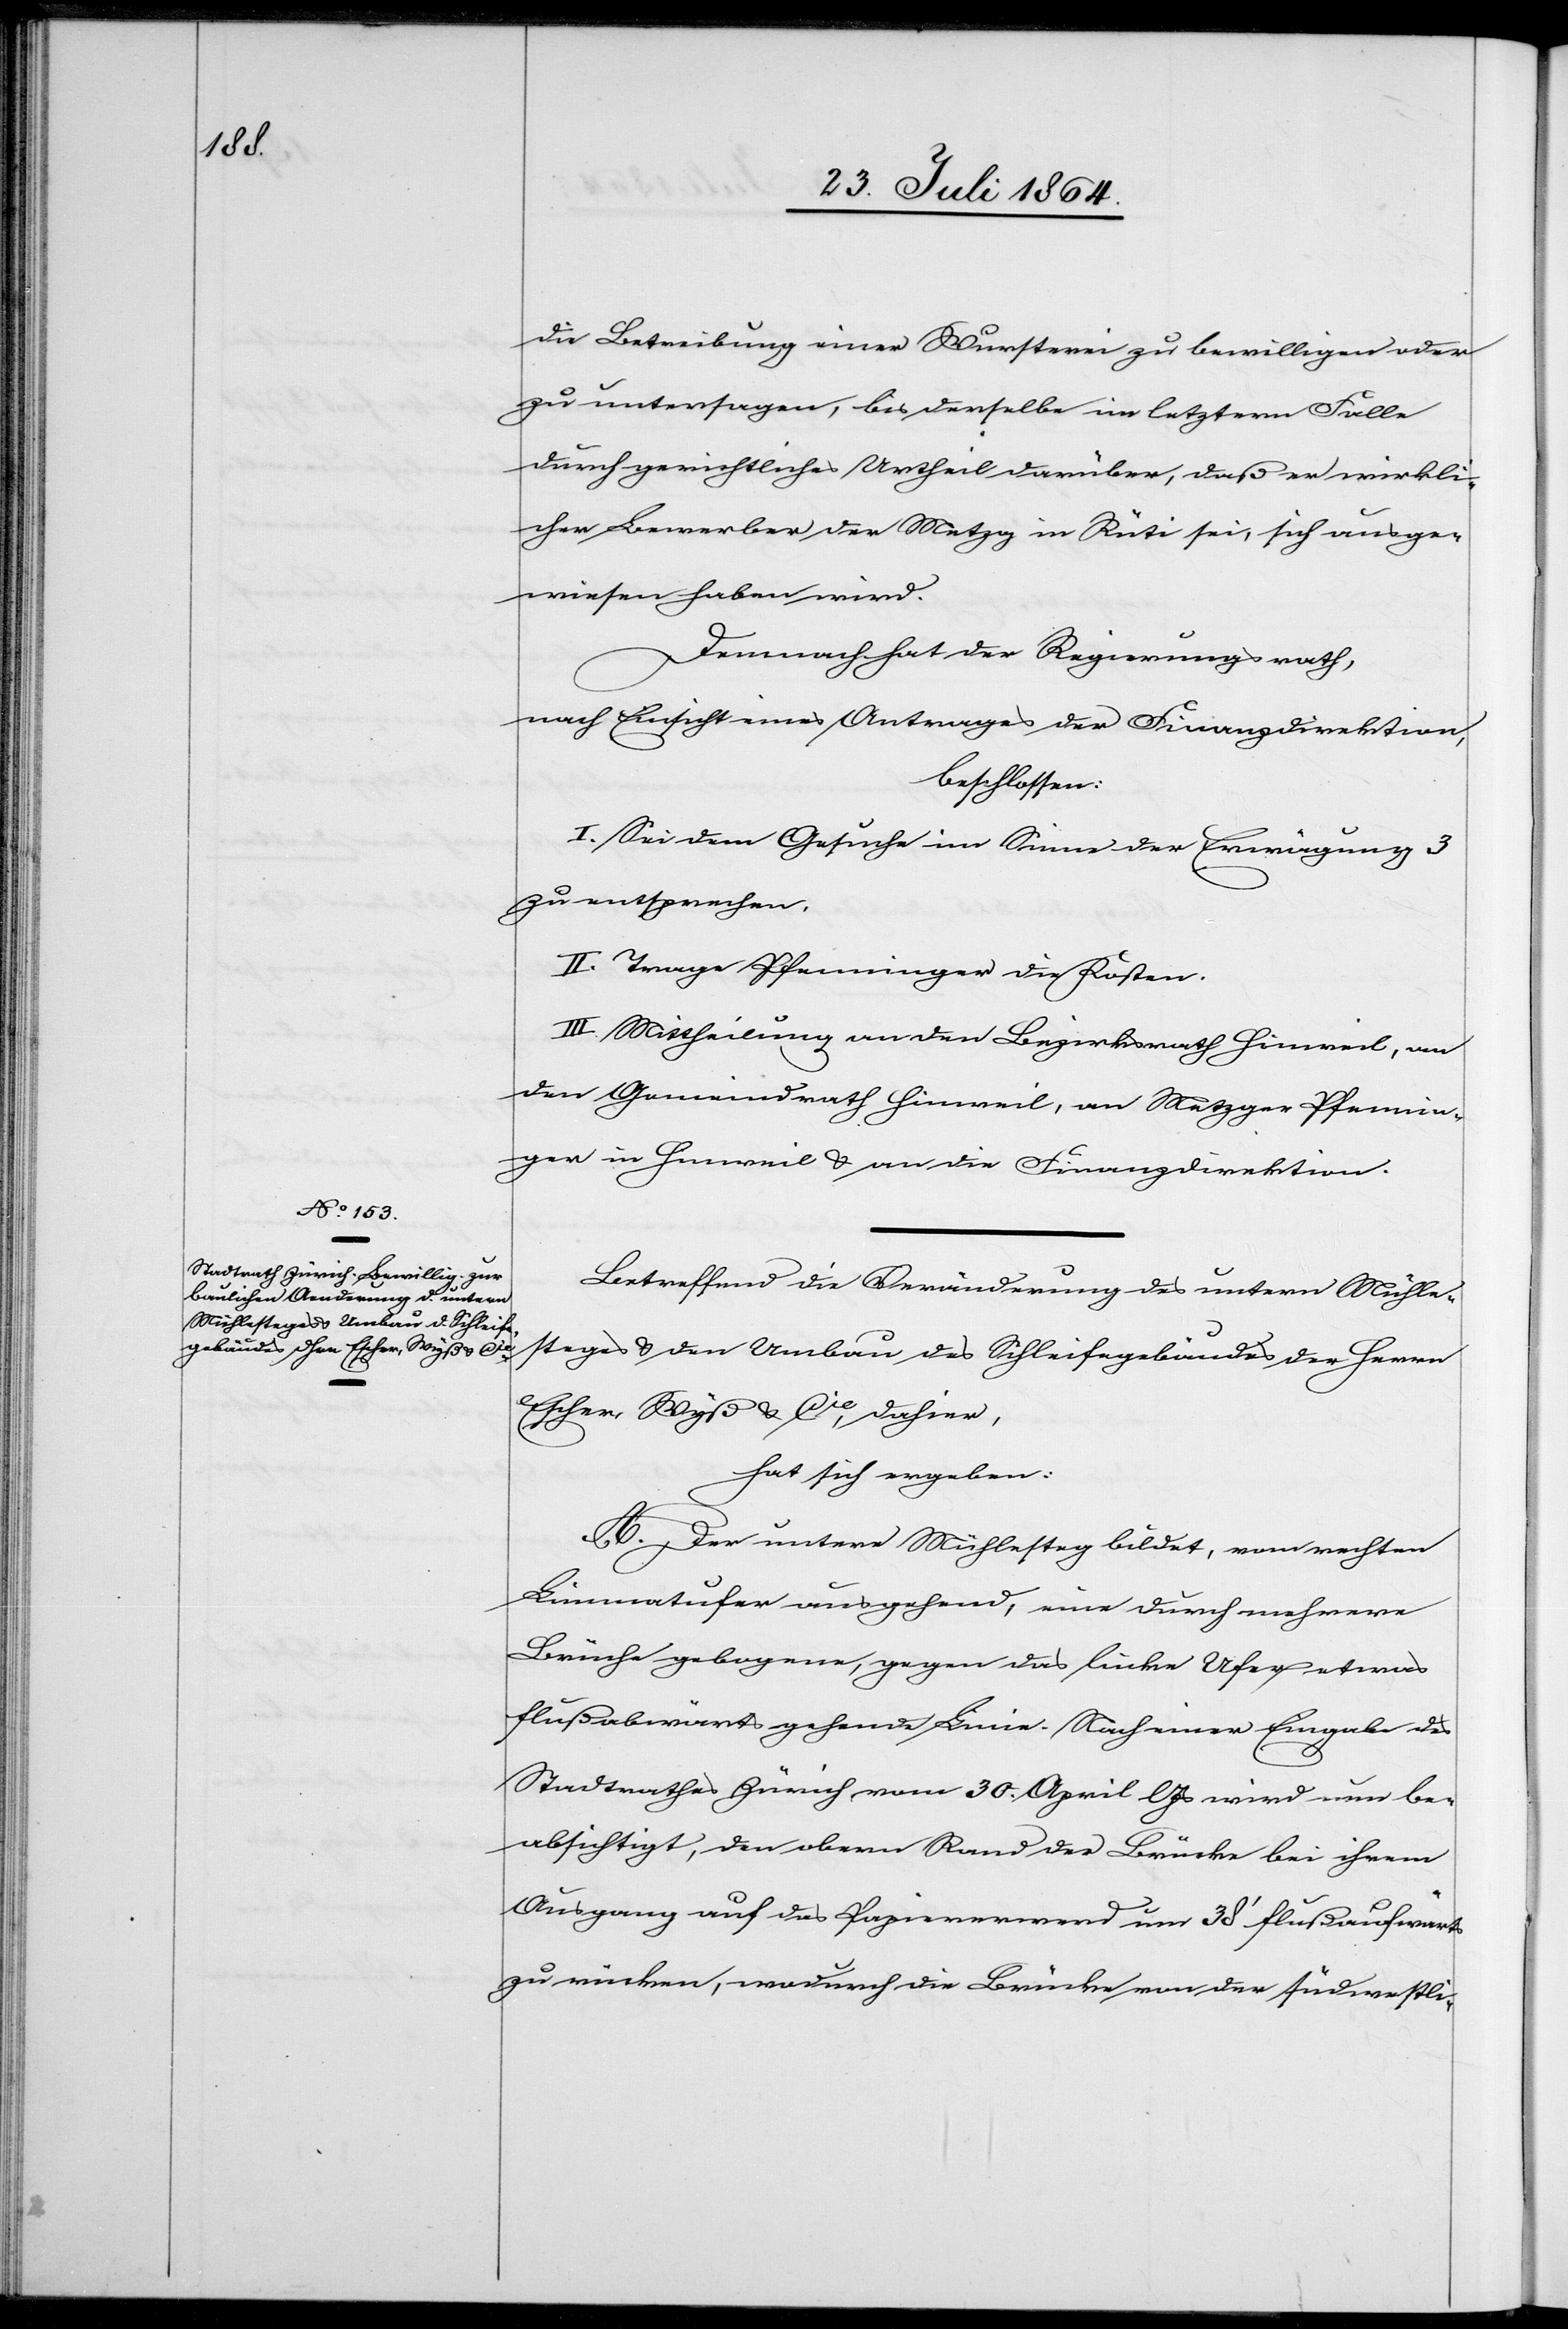
die Betreibung einer Wursterei zu bewilligen oder
zu untersagen, bis derselbe im letzern Falle
durch gerichtliches Urtheil darüber, daß er wirkli¬
cher Bewerber der Metzg in Rüti sei, sich ausge¬
wiesen haben wird.
Demnach hat der Regierungsrath,
nach Einsicht eines Antrages der Finanzdirektion,
beschlossen:
I. Sei dem Gesuche im Sinne der Erwägung 3
zu entsprechen.
II. Trage Pfenninger die Kosten.
III. Mittheilung an den Bezirksrath Hinweil, an
den Gemeindrath Hinweil, an Metzger Pfennin¬
ger in Hinweil & an die Finanzdirektion.
Betreffend die Veränderung des untern Mühle¬
steges & den Umbau des Schleifgebäudes der Herren
Escher, Wyß & Cie, dahier,
hat sich ergeben:
A. Der untere Mühlesteg bildet, vom rechten
Limmatufer ausgehend, eine durch mehrere
Brüche gebogene, gegen das linke Ufer etwas
flußabwärts gehende Linie. Nach einer Eingabe des
Stadtrathes Zürich vom 30. April l. Js. wird nun be¬
absichtigt, den obern Rand der Bücke bei ihrem
Ausgang auf das Papierwerd um 38’ flußaufwärts
zu rücken, wodurch die Brücke von der südwestli-